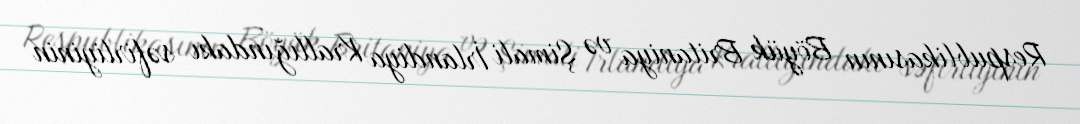
Respublikasının Böyük Britaniya və Şimali İrlandiya Krallığındakı səfirliyinin